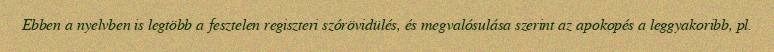
Ebben a nyelvben is legtöbb a fesztelen regiszteri szórövidülés, és megvalósulása szerint az apokopés a leggyakoribb, pl.